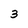
Character: 3